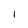
Character: l